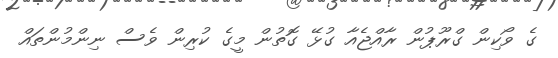
ގެ ވޯކިން ގްރޫޕުން ރާއްޖެއާ ގުޅޭ ގޮތުން މީގެ ކުރިން ވެސް ނިންމުންތައް